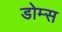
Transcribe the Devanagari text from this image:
डोम्स